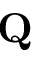
\mathbf { Q }